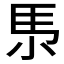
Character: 𡭳